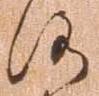
洛